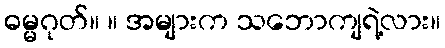
ဓမ္မဂုတ်။ ။ အများက သဘောကျရဲ့လား။